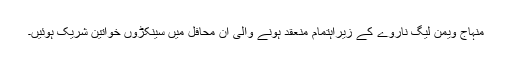
منہاج ویمن لیگ ناروے کے زیراہتمام منعقد ہونے والی ان محافل میں سینکڑوں خواتین شریک ہوئیں۔